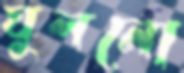
ঘুলনো